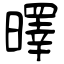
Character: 曎